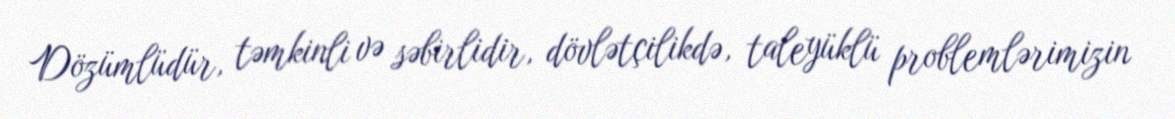
Dözümlüdür, təmkinli və səbirlidir, dövlətçilikdə, taleyüklü problemlərimizin